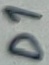
Text: D1